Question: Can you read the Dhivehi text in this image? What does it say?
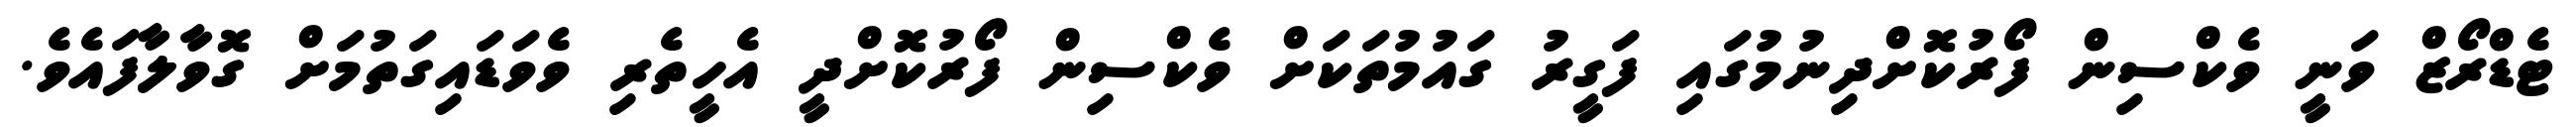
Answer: ޓެޑްރޯޒް ވަނީ ވެކްސިން ފޯރުކޮށްދިނުމުގައި ފަގީރު ގައުމުތަކަށް ވެކްސިން ފޯރުކޮށްދީ އެހީތެރި ވެވަޑައިގަތުމަށް ގޮވާލާފައެވެ.